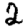
Digit: 2